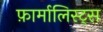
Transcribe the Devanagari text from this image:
फ़ार्मालिस्ट्स